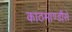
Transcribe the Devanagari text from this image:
काठमाण्डौंसे